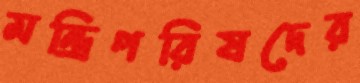
মন্ত্রিপরিষদের